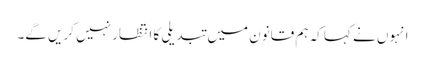
انہوں نے کہا کہ ہم قانون میں تبدیلی کا انتظار نہیں کریں گے۔